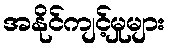
အနိုင်ကျင့်မှုများ